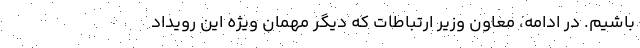
باشیم. در ادامه، معاون وزیر ارتباطات که دیگر مهمان ویژه این رویداد